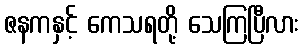
ဇနကနှင့် ကေသရတို့ သေကြပြီလား